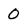
Character: 0